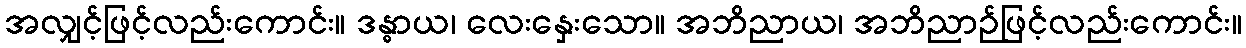
အလျှင့်ဖြင့်လည်းကောင်း။ ဒန္ဓာယ၊ လေးနှေးသော။ အဘိညာယ၊ အဘိညာဉ်ဖြင့်လည်းကောင်း။